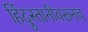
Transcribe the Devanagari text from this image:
हिंदुस्तानीवरूनच